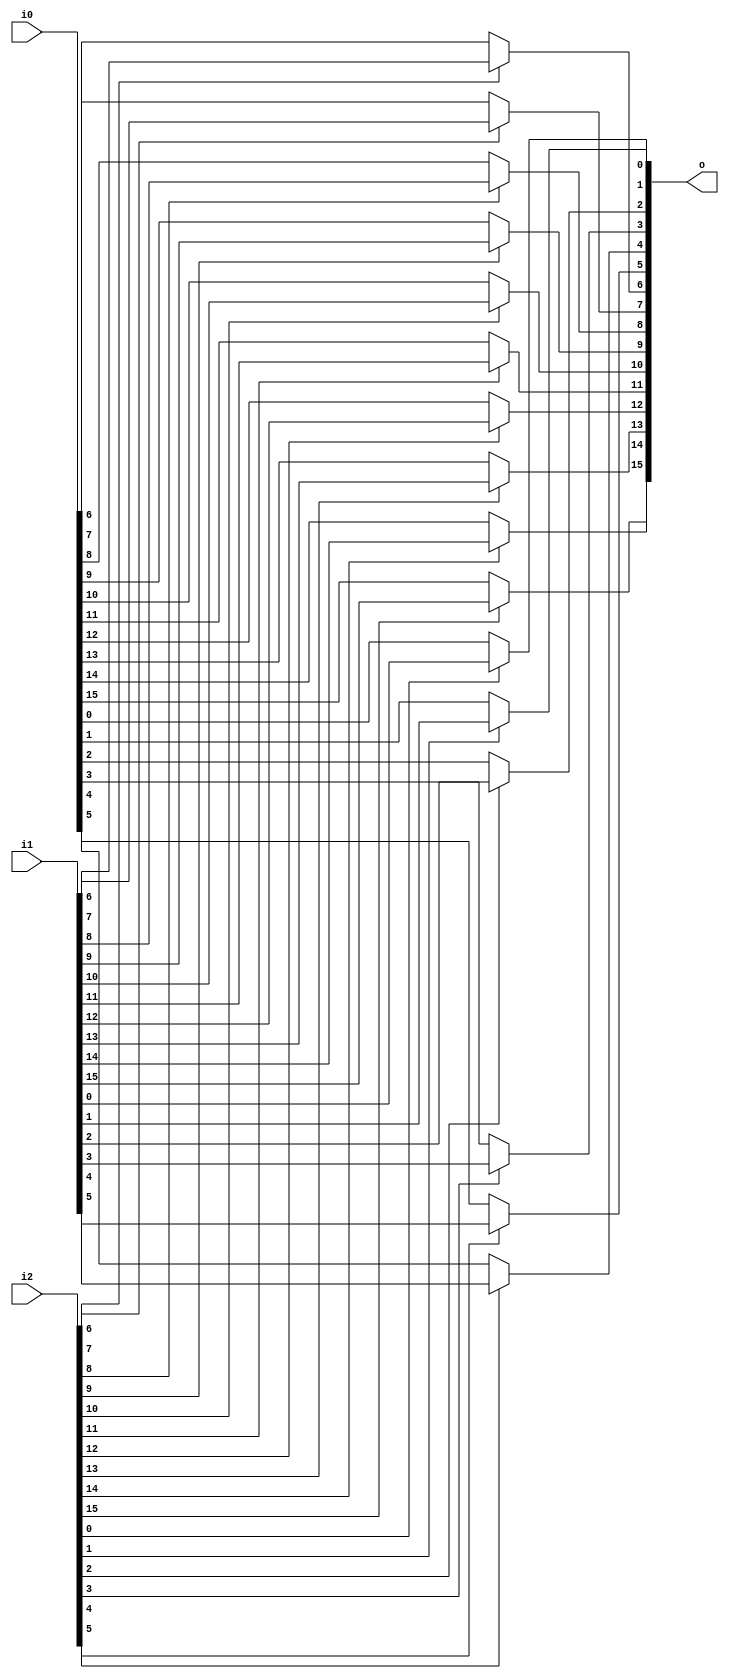
/* Generated by Yosys 0.27+9 (git sha1 101d19bb6, gcc 11.2.0-7ubuntu2 -fPIC -Os) */

(* top =  1  *)

module bsg_mux2_gatestack(i0, i1, i2, o);
  
  input [15:0] i0;
  wire [15:0] i0;
  
  input [15:0] i1;
  wire [15:0] i1;
  
  input [15:0] i2;
  wire [15:0] i2;
  
  output [15:0] o;
  wire [15:0] o;
  assign o[6] = i2[6] ? i1[6] : i0[6];
  assign o[7] = i2[7] ? i1[7] : i0[7];
  assign o[8] = i2[8] ? i1[8] : i0[8];
  assign o[9] = i2[9] ? i1[9] : i0[9];
  assign o[10] = i2[10] ? i1[10] : i0[10];
  assign o[11] = i2[11] ? i1[11] : i0[11];
  assign o[12] = i2[12] ? i1[12] : i0[12];
  assign o[13] = i2[13] ? i1[13] : i0[13];
  assign o[14] = i2[14] ? i1[14] : i0[14];
  assign o[15] = i2[15] ? i1[15] : i0[15];
  assign o[0] = i2[0] ? i1[0] : i0[0];
  assign o[1] = i2[1] ? i1[1] : i0[1];
  assign o[2] = i2[2] ? i1[2] : i0[2];
  assign o[3] = i2[3] ? i1[3] : i0[3];
  assign o[4] = i2[4] ? i1[4] : i0[4];
  assign o[5] = i2[5] ? i1[5] : i0[5];
endmodule